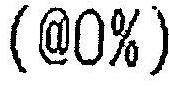
(@0%)